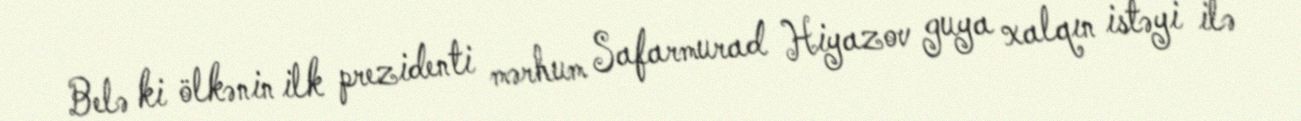
Belə ki ölkənin ilk prezidenti mərhum Safarmurad Hiyazov guya xalqın istəyi ilə